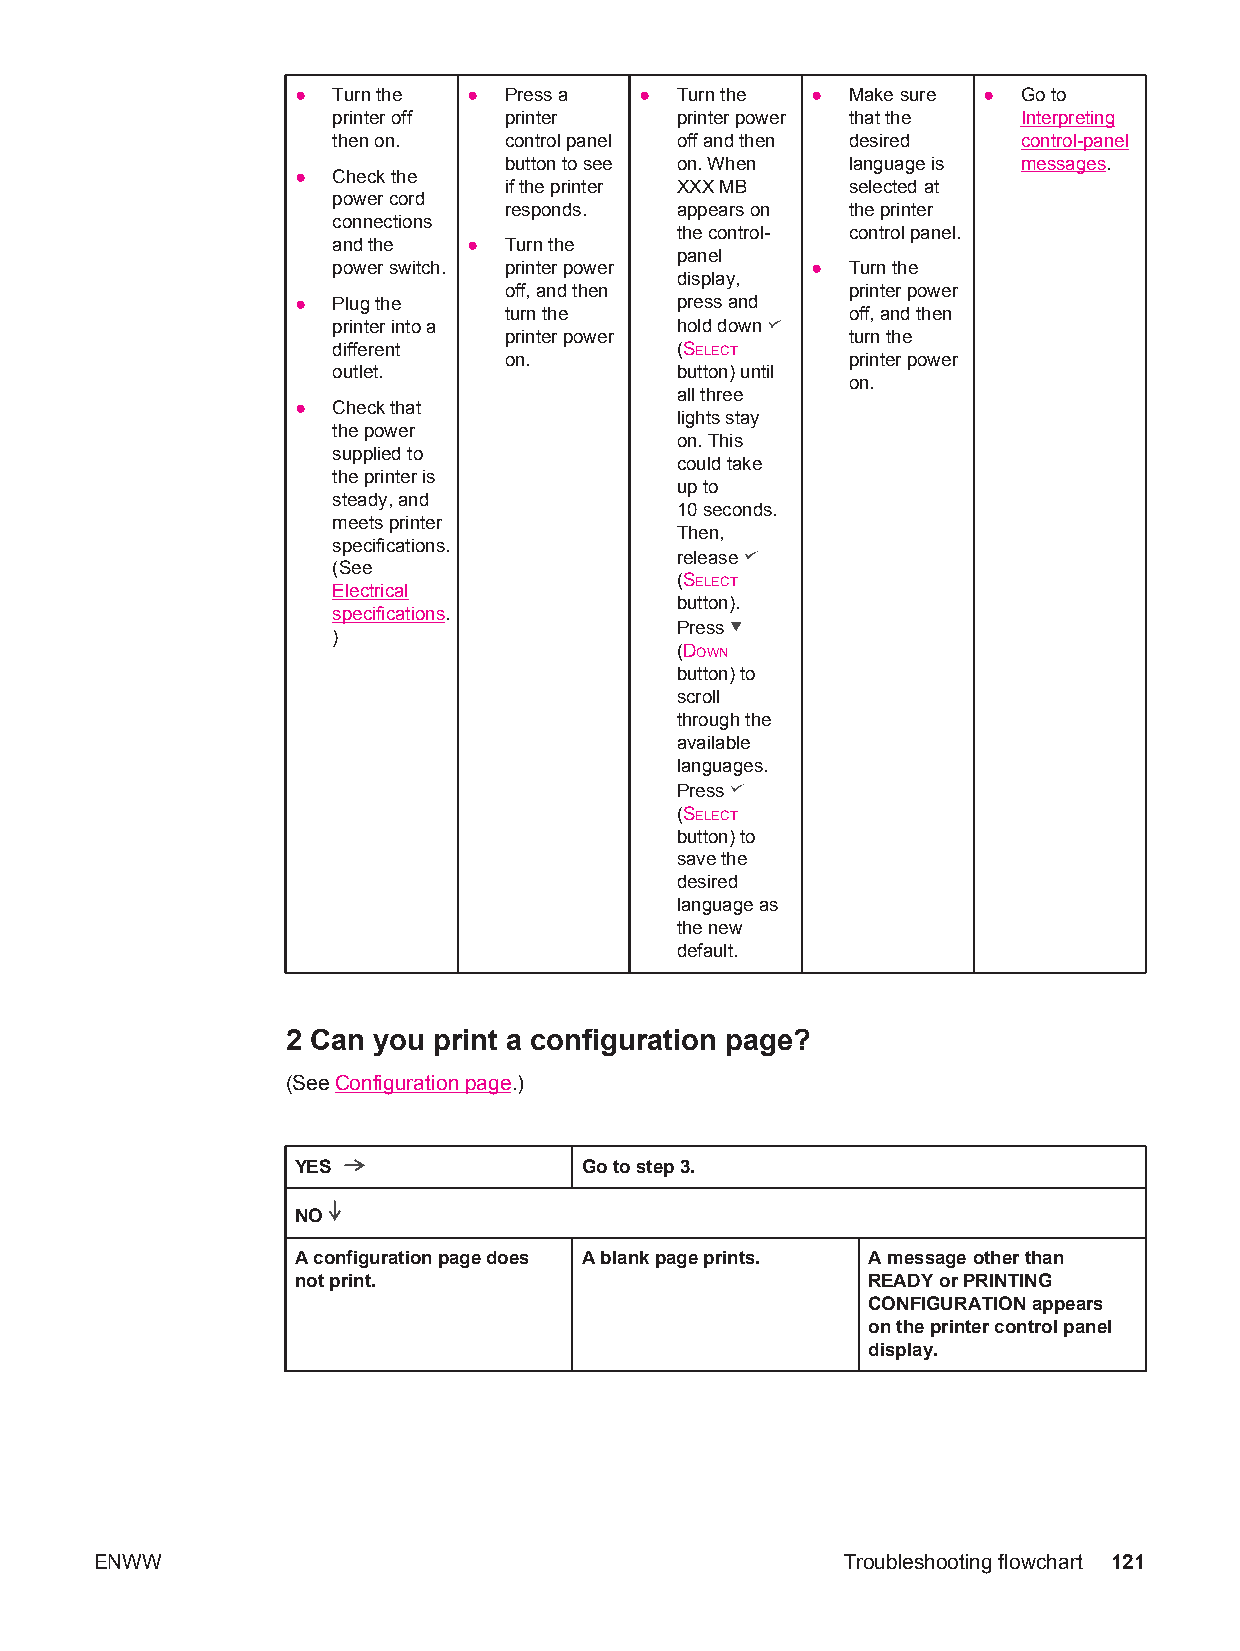
● Turn the ● Press a  ●  Turn the ● Make sure ● Go to
 printer off printer    printer power that the Interpreting
 then on.   control panel off and then desired control-panel
 button to see on. When language is messages.
 ● Check the
 if the printer XXX MB  selected at
 power cord
 responds.   appears on the printer
 connections
 the control- control panel.
 and the  ● Turn the
 panel
 power switch. printer power     ● Turn the
 display,
 off, and then          printer power
 ● Plug the               press and
 turn the               off, and then
 printer into a         hold down
 printer power          turn the
 different
 on.
 (SELECT
 printer power
 outlet.                button) until
 on.
 all three
 ● Check that
 lights stay
 the power
 on. This
 supplied to
 could take
 the printer is
 up to
 steady, and
 10 seconds.
 meets printer
 Then,
 specifications.
 release
 (See
 (SELECT
 Electrical
 button).
 specifications.
 Press
 )
 (DOWN
 button) to
 scroll
 through the
 available
 languages.
 Press
 (SELECT
 button) to
 save the
 desired
 language as
 the new
 default.
 2 Can you print a configuration page?
 (See Configuration page.)
 YES               Go to step 3.
 NO
 A configuration page does A blank page prints. A message other than
 not print.                           READY or PRINTING
 CONFIGURATION appears
 on the printer control panel
 display.
 ENWW                                              Troubleshooting flowchart 121